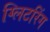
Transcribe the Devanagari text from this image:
ग्लिटरिंग